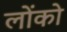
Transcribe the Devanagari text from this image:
लोंको